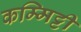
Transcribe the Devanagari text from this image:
कम्मिट्टी